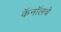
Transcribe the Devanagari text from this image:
कॅनॉलचे